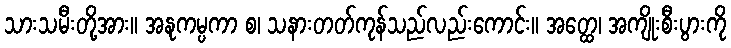
သားသမီးတို့အား။ အနုကမ္ပကာ စ၊ သနားတတ်ကုန်သည်လည်းကောင်း။ အတ္ထေ၊ အကျိုးစီးပွားကို